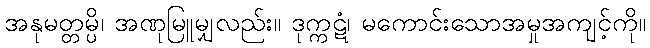
အနုမတ္တမ္ပိ၊ အဏုမြူမျှလည်း။ ဒုက္ကဋံ၊ မကောင်းသောအမှုအကျင့်ကို။